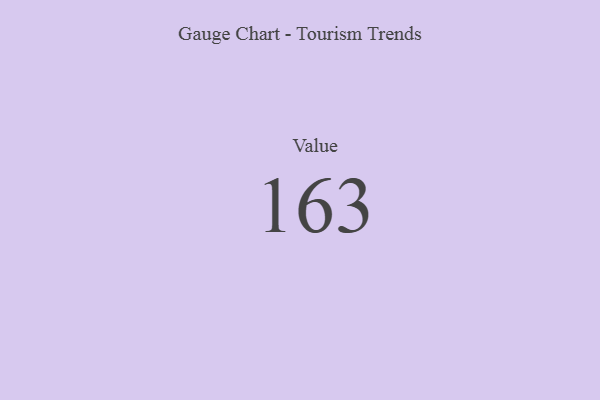
{"axis": {"x": "Metric", "y": "Value"}, "legend": [""], "data": [{"x": "Value", "y": 163, "type": ""}]}